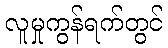
လူမှုကွန်ရက်တွင်